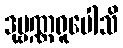
ဒုဗ္ဗဏ္ဏရူပေါသိ